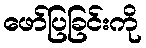
ဖော်ပြခြင်းကို